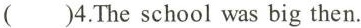
()4.The school was big then.